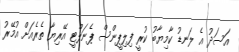
އަސަދު އެ ލަނޑު ކާމިޔާބު ކުރީ ފިލިޕީންސް ޕެނަލްޓީ އޭރިޔާ ތެރެއަށް އުމޭރު